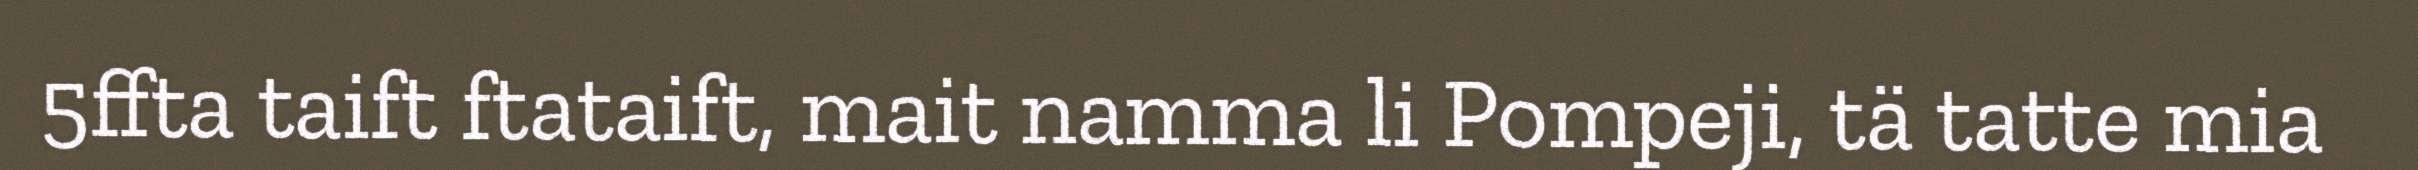
5ffta taift ftataift, mait namma li Pompeji, tä tatte mia